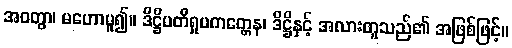
အဝတွာ၊ မဟောမူ၍။ ဒိဋ္ဌိပတိရှုပကတ္တေန၊ ဒိဋ္ဌိနှင့် အလားတူသည်၏ အဖြစ်ဖြင့်။